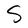
Character: S